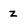
Character: z